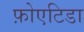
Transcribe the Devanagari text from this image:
फ़ोएटिडा